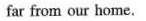
far from our home.